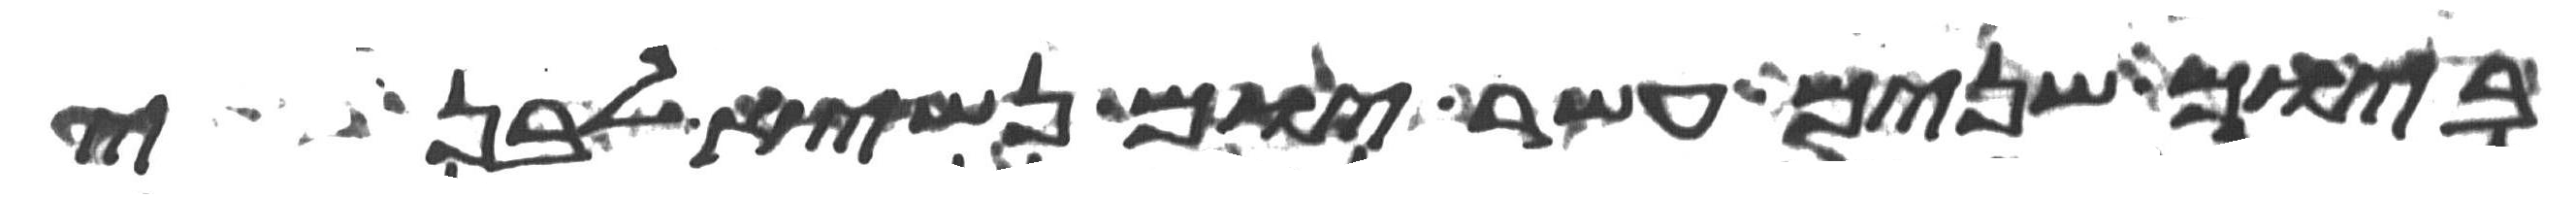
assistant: ביום שנים עשר יום נשיא לבני